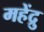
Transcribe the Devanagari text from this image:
महेंद्रु